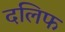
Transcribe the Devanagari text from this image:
दलिफ